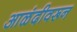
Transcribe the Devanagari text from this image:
आळंदीवरून